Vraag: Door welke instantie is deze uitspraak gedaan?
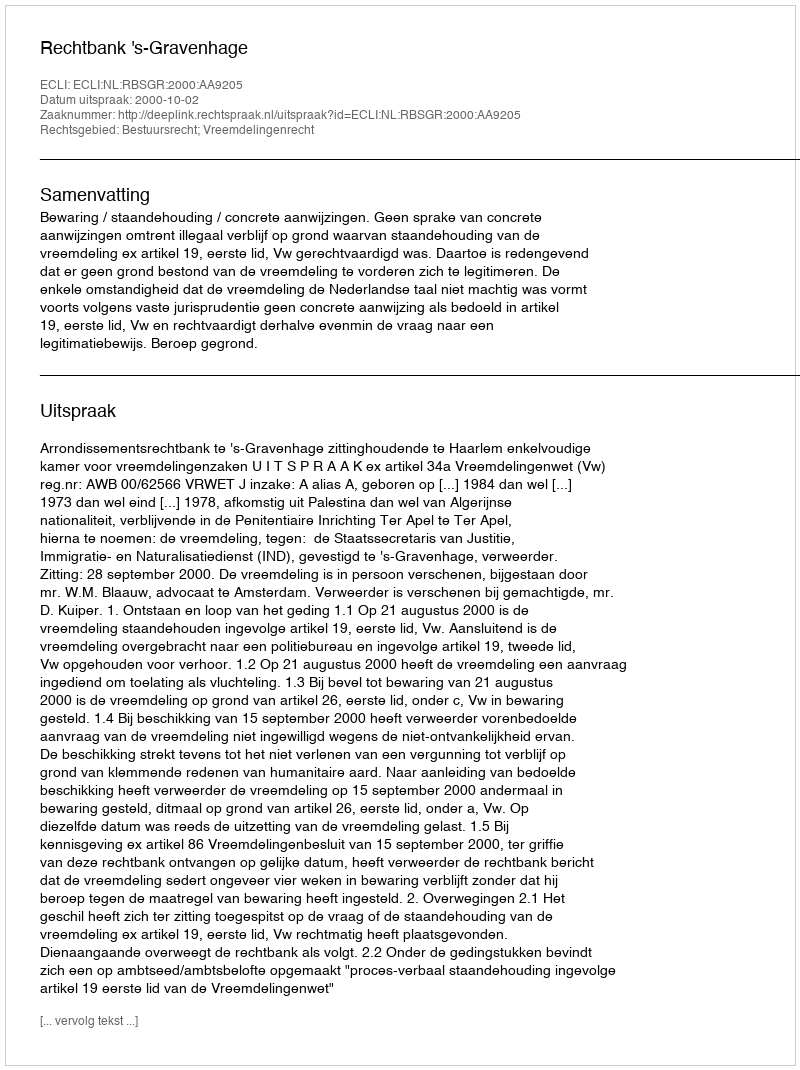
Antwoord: Rechtbank 's-Gravenhage